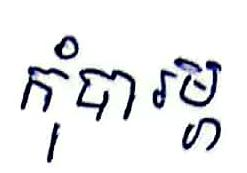
កុំបារម្ភ